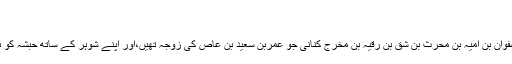
...
فاطمہ دختر صفوان بن امیہ بن محرث بن شق بن رقیہ بن مخرج کنانی جو عمربن سعید بن عاص کی زوجہ تھیں،اور اپنے شوہر کے ساتھ حبشہ کو ہجرت کی تھی۔